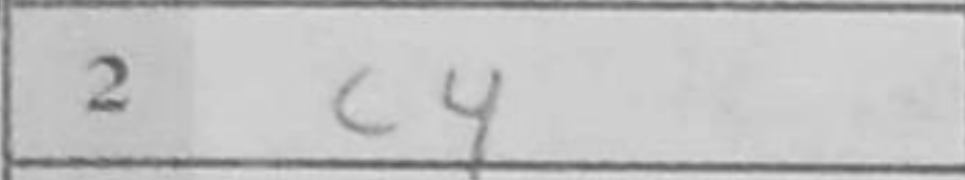
Transcription: c4